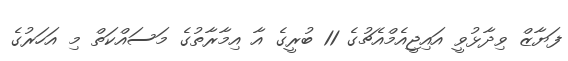
ފަޔާޒް ވިދާޅުވީ އައިޖީއެމްއެޗުގެ 11 ބުރީގެ އާ އިމާރާތުގެ މަސައްކަތް މި އަހަރުގެ